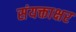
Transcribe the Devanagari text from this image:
संयक्ताक्षर